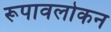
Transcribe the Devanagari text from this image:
रूपावलोकन